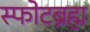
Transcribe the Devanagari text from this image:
स्फोटब्रह्म